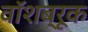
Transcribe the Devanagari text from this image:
वॉशब्रूक